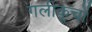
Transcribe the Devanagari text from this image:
गलीकूचों